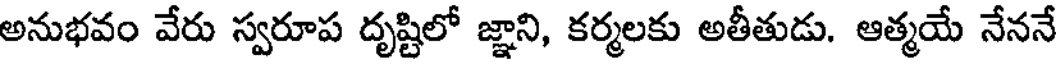
అనుభవం వేరు స్వరూప దృష్టిలో జ్ఞాని, కర్మలకు అతీతుడు. ఆత్మయే నేననే